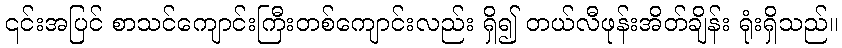
၎င်းအပြင် စာသင်ကျောင်းကြီးတစ်ကျောင်းလည်း ရှိ၍ တယ်လီဖုန်းအိတ်ချိန်း ရုံးရှိသည်။